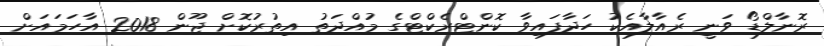
ރޮނާލްޑޯ ވަނީ ރެއާލާއެކު ހަދާފައިވާ ކޮންޓްރެކްޓްގެ މުއްދަތު އިތުރުކޮށް ޖޫން 2018 އާހަމައަށް